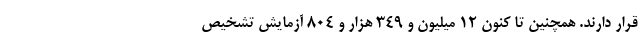
قرار دارند. همچنین تا کنون ۱۲ میلیون و ۳۴۹ هزار و ۸۰۴ آزمایش تشخیص